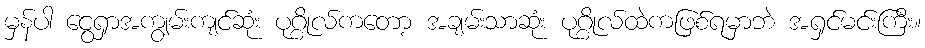
မှန်ပါ ငွေရှာအကျွမ်းကျင်ဆုံး ပုဂ္ဂိုလ်ကတော့ အချမ်းသာဆုံး ပုဂ္ဂိုလ်ထဲကဖြစ်ရမှာဘဲ အရှင်မင်းကြီး။